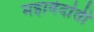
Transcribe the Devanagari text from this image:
महावेदांती